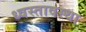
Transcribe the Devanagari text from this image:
ध्वस्तावस्था